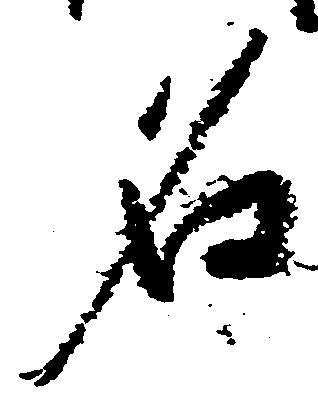
名